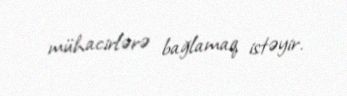
mühacirlərə bağlamaq istəyir.